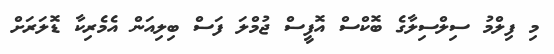
މި ފިލްމު ސިލްސިލާގެ ބޮކްސް އޮފީސް ޖުމްލަ ފަސް ބިލިއަން އެމެރިކާ ޑޮލަރަށް